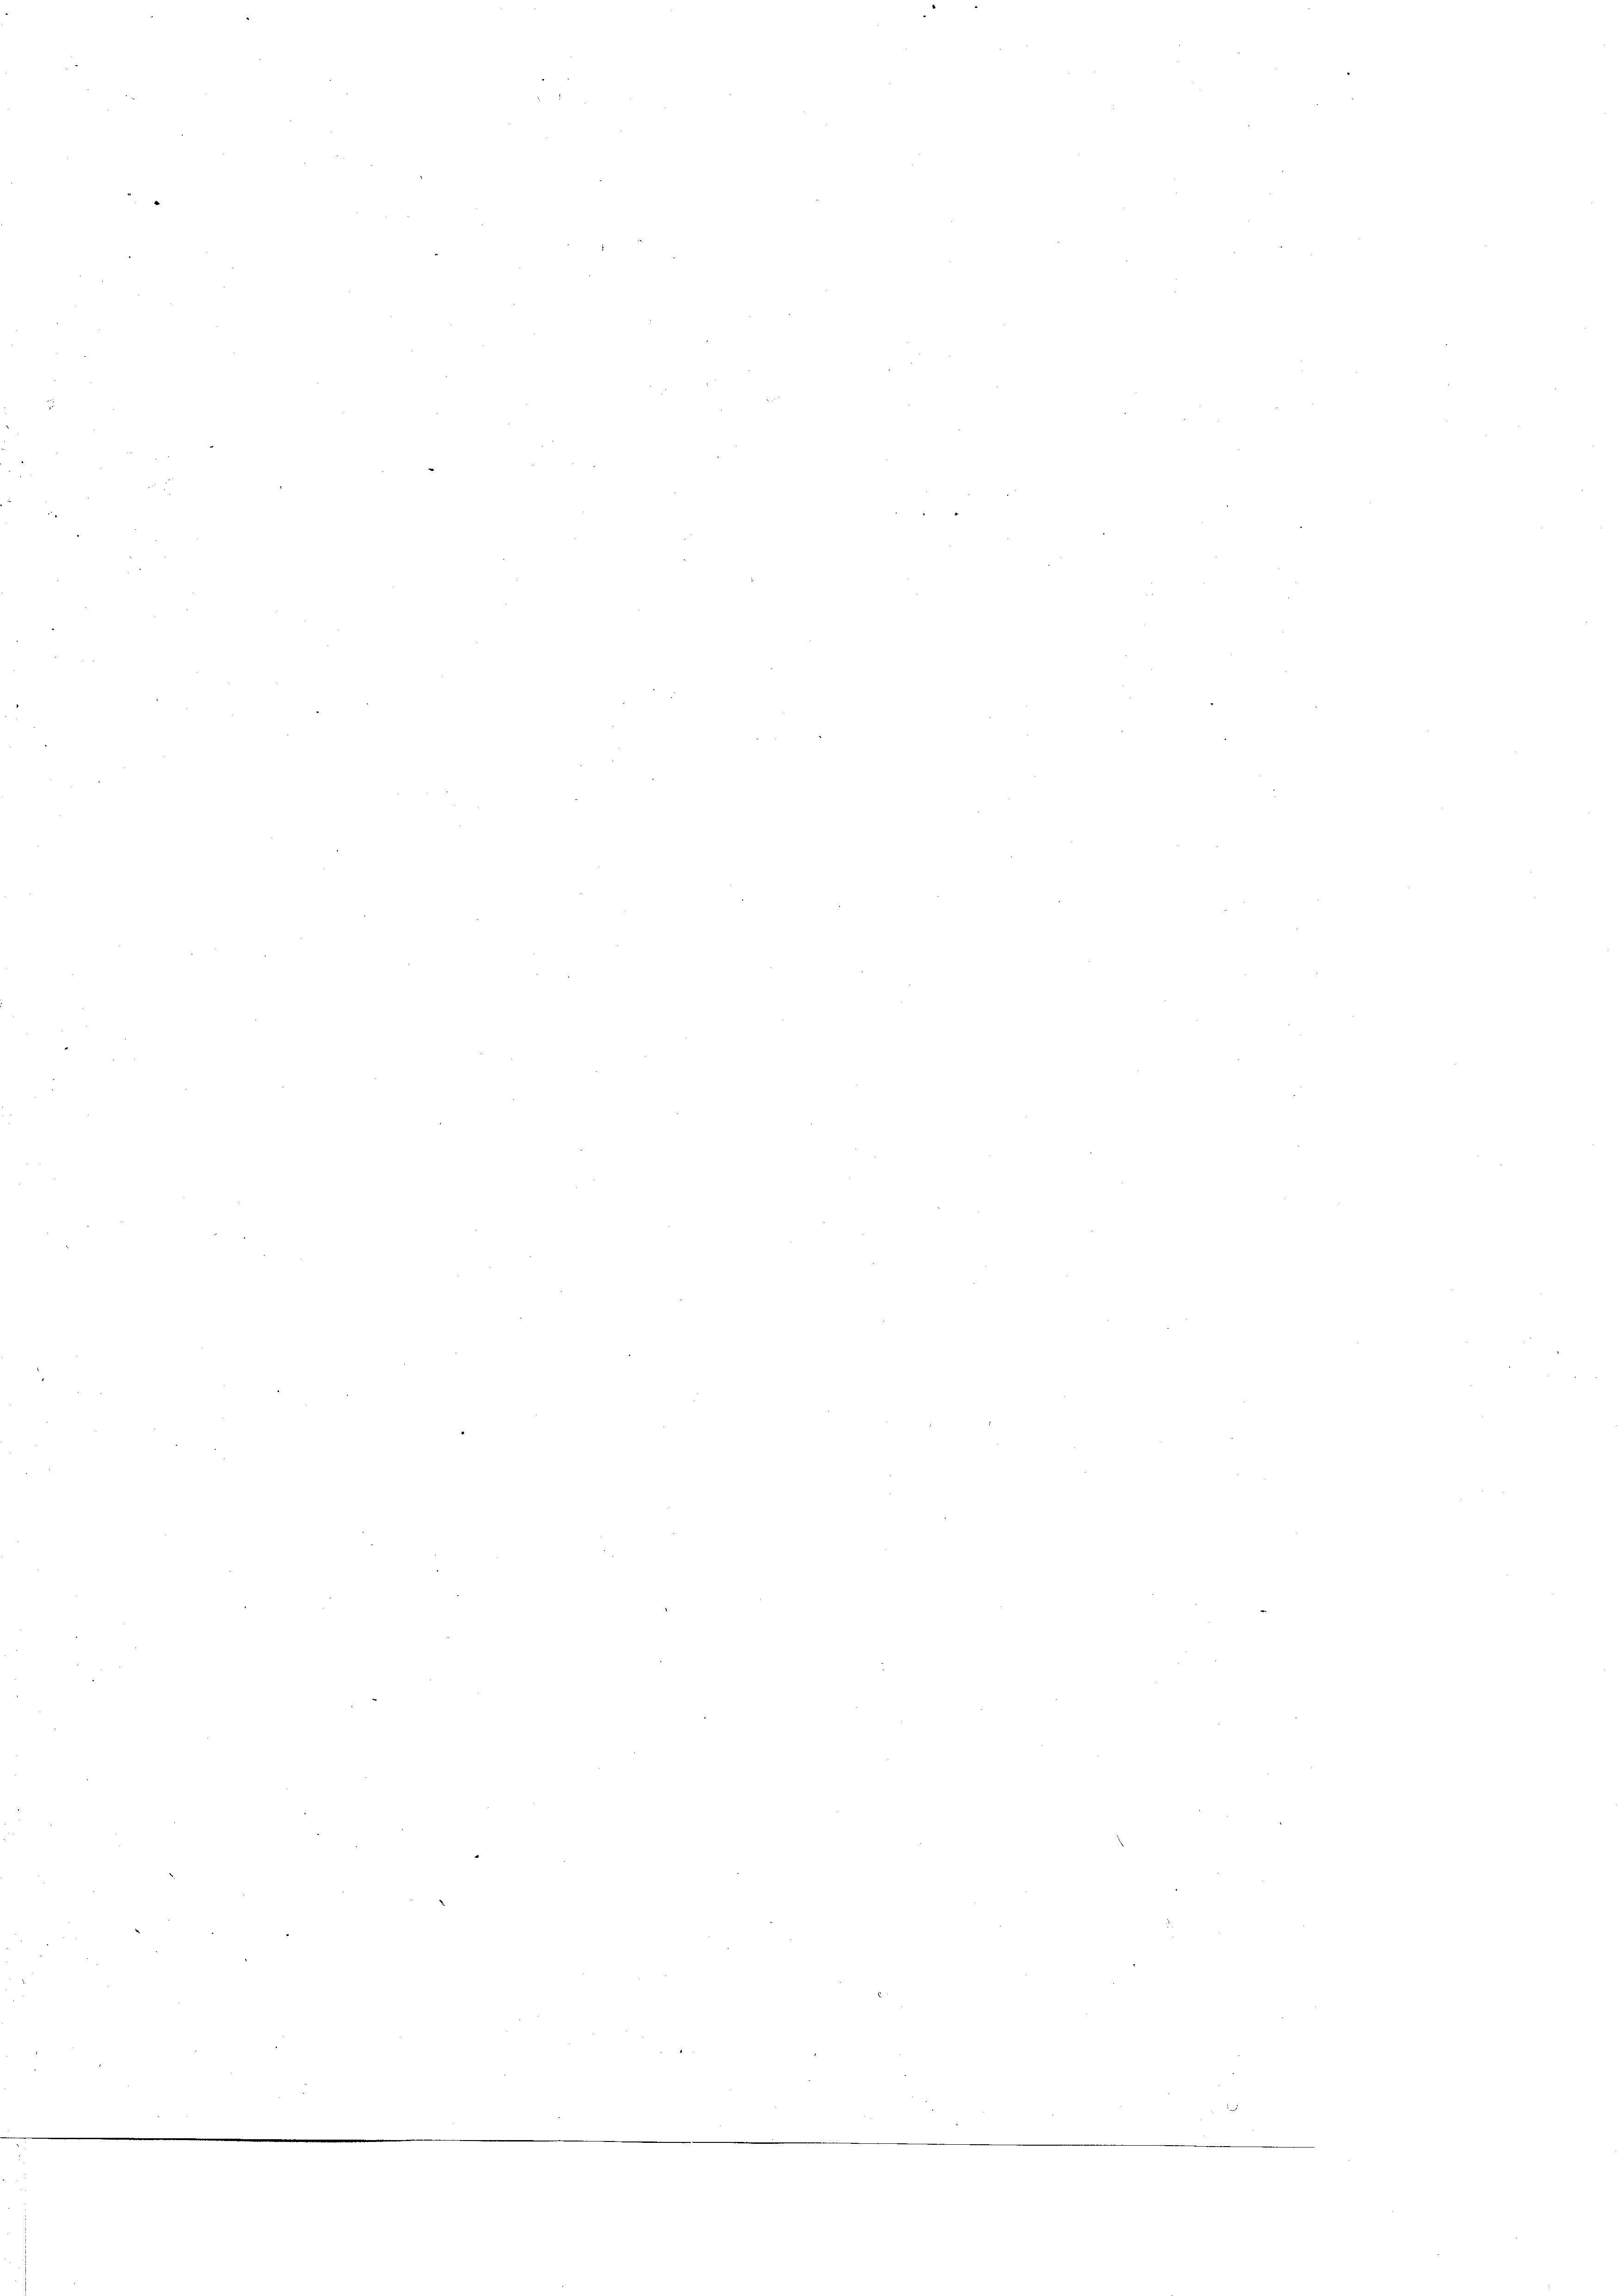
n

n
2
z

2
e

d

n